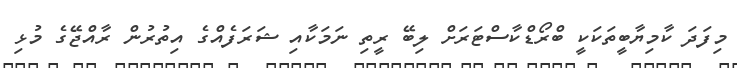
މިފަދަ ކާމިޔާބީތަކަކީ ބްރޯޑްކާސްޓަރަށް ލިބޭ ރީތި ނަމަކާއި ޝަރަފެއްގެ އިތުރުން ރާއްޖޭގެ މުޅި